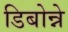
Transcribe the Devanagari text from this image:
डिबोन्ने